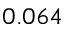
0 . 0 6 4